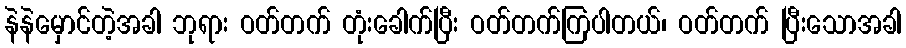
နဲနဲမှောင်တဲ့အခါ ဘုရား ဝတ်တက် တုံးခေါက်ပြီး ဝတ်တက်ကြပါတယ်၊ ဝတ်တက် ပြီးသောအခါ